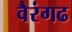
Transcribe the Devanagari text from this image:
वैरंगढ